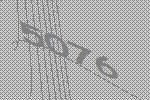
5076